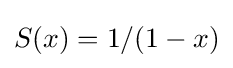
S(x)=1/(1-x)